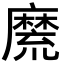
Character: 𪎣